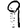
Digit: 9